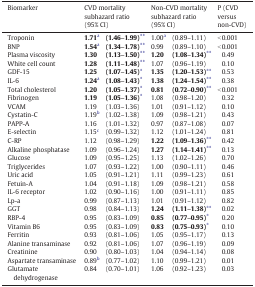
<table><thead><tr><td><b>Biomarker</b></td><td colspan="2"><b>CVD mortality subhazard ratio (95% CI)</b></td><td colspan="2"><b>Non-CVD mortality subhazard ratio (95% CI)</b></td><td><b>P (CVD versus non-CVD)</b></td></tr></thead><tbody><tr><td>Troponin</td><td><b>1.71</b>a</td><td><b>(1.46–1.99)</b>⁎⁎</td><td>1.00a</td><td>(0.89–1.11)</td><td>&lt; 0.001</td></tr><tr><td>BNP</td><td><b>1.54</b>a</td><td><b>(1.34–1.78)</b>⁎⁎</td><td>0.99</td><td>(0.89–1.10)</td><td>&lt; 0.001</td></tr><tr><td>Plasma viscosity</td><td><b>1.30</b></td><td><b>(1.13–1.50)</b>⁎⁎</td><td><b>1.20</b></td><td><b>(1.08–1.34)</b>⁎⁎</td><td>0.49</td></tr><tr><td>White cell count</td><td><b>1.28</b></td><td><b>(1.11–1.48)</b>⁎⁎</td><td>1.07</td><td>(0.96–1.19)</td><td>0.10</td></tr><tr><td>GDF-15</td><td><b>1.25</b></td><td><b>(1.07–1.45)</b>⁎</td><td><b>1.35</b></td><td><b>(1.20–1.53)</b>⁎⁎</td><td>0.53</td></tr><tr><td>IL-6</td><td><b>1.24</b>a</td><td><b>(1.08–1.43)</b>⁎</td><td><b>1.38</b></td><td><b>(1.24–1.54)</b>⁎⁎</td><td>0.38</td></tr><tr><td>Total cholesterol</td><td><b>1.20</b></td><td><b>(1.05–1.37)</b>⁎</td><td><b>0.81</b></td><td><b>(0.72–0.90)</b>⁎⁎</td><td>&lt; 0.001</td></tr><tr><td>Fibrinogen</td><td><b>1.19</b></td><td><b>(1.05–1.36)</b>⁎</td><td>1.08</td><td>(0.98–1.20)</td><td>0.32</td></tr><tr><td>VCAM</td><td>1.19</td><td>(1.03–1.36)</td><td>1.01</td><td>(0.91–1.12)</td><td>0.10</td></tr><tr><td>Cystatin-C</td><td>1.19b</td><td>(1.02–1.38)</td><td>1.09</td><td>(0.98–1.21)</td><td>0.43</td></tr><tr><td>PAPP-A</td><td>1.16</td><td>(1.01–1.32)</td><td>0.97</td><td>(0.87–1.08)</td><td>0.07</td></tr><tr><td>E-selectin</td><td>1.15c</td><td>(0.99–1.32)</td><td>1.12</td><td>(1.01–1.24)</td><td>0.81</td></tr><tr><td>C-RP</td><td>1.12</td><td>(0.98–1.29)</td><td><b>1.22</b></td><td><b>(1.09–1.36)</b>⁎⁎</td><td>0.42</td></tr><tr><td>Alkaline phosphatase</td><td>1.09</td><td>(0.96–1.24)</td><td><b>1.27</b></td><td><b>(1.14–1.41)</b>⁎⁎</td><td>0.13</td></tr><tr><td>Glucose</td><td>1.09</td><td>(0.95–1.25)</td><td>1.13</td><td>(1.02–1.26)</td><td>0.70</td></tr><tr><td>Triglycerides</td><td>1.07</td><td>(0.93–1.22)</td><td>1.00</td><td>(0.90–1.11)</td><td>0.46</td></tr><tr><td>Uric acid</td><td>1.05</td><td>(0.91–1.21)</td><td>1.11</td><td>(0.99–1.23)</td><td>0.61</td></tr><tr><td>Fetuin-A</td><td>1.04</td><td>(0.91–1.18)</td><td>1.09</td><td>(0.98–1.21)</td><td>0.58</td></tr><tr><td>IL-6 receptor</td><td>1.02</td><td>(0.90–1.16)</td><td>1.00</td><td>(0.91–1.11)</td><td>0.85</td></tr><tr><td>Lp-a</td><td>0.99</td><td>(0.87–1.13)</td><td>1.01</td><td>(0.91–1.12)</td><td>0.82</td></tr><tr><td>GGT</td><td>0.98</td><td>(0.84–1.13)</td><td><b>1.24</b></td><td><b>(1.11–1.38)</b>⁎⁎</td><td>0.02</td></tr><tr><td>RBP-4</td><td>0.95</td><td>(0.83–1.09)</td><td><b>0.85</b></td><td><b>(0.77–0.95)</b>⁎</td><td>0.20</td></tr><tr><td>Vitamin B6</td><td>0.95</td><td>(0.83–1.09)</td><td><b>0.83</b></td><td><b>(0.75–0.93)</b>⁎</td><td>0.10</td></tr><tr><td>Ferritin</td><td>0.93</td><td>(0.81–1.06)</td><td>1.05</td><td>(0.95–1.17)</td><td>0.13</td></tr><tr><td>Alanine transaminase</td><td>0.92</td><td>(0.81–1.06)</td><td>1.07</td><td>(0.96–1.19)</td><td>0.09</td></tr><tr><td>Creatinine</td><td>0.90</td><td>(0.80–1.03)</td><td>1.04</td><td>(0.94–1.14)</td><td>0.08</td></tr><tr><td>Aspartate transaminase</td><td>0.89b</td><td>(0.77–1.02)</td><td>1.10</td><td>(0.99–1.21)</td><td>0.01</td></tr><tr><td>Glutamate dehydrogenase</td><td>0.84</td><td>(0.70–1.01)</td><td>1.06</td><td>(0.92–1.23)</td><td>0.03</td></tr></tbody></table>